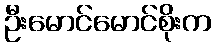
ဦးမောင်မောင်စိုးက